Language: tamil
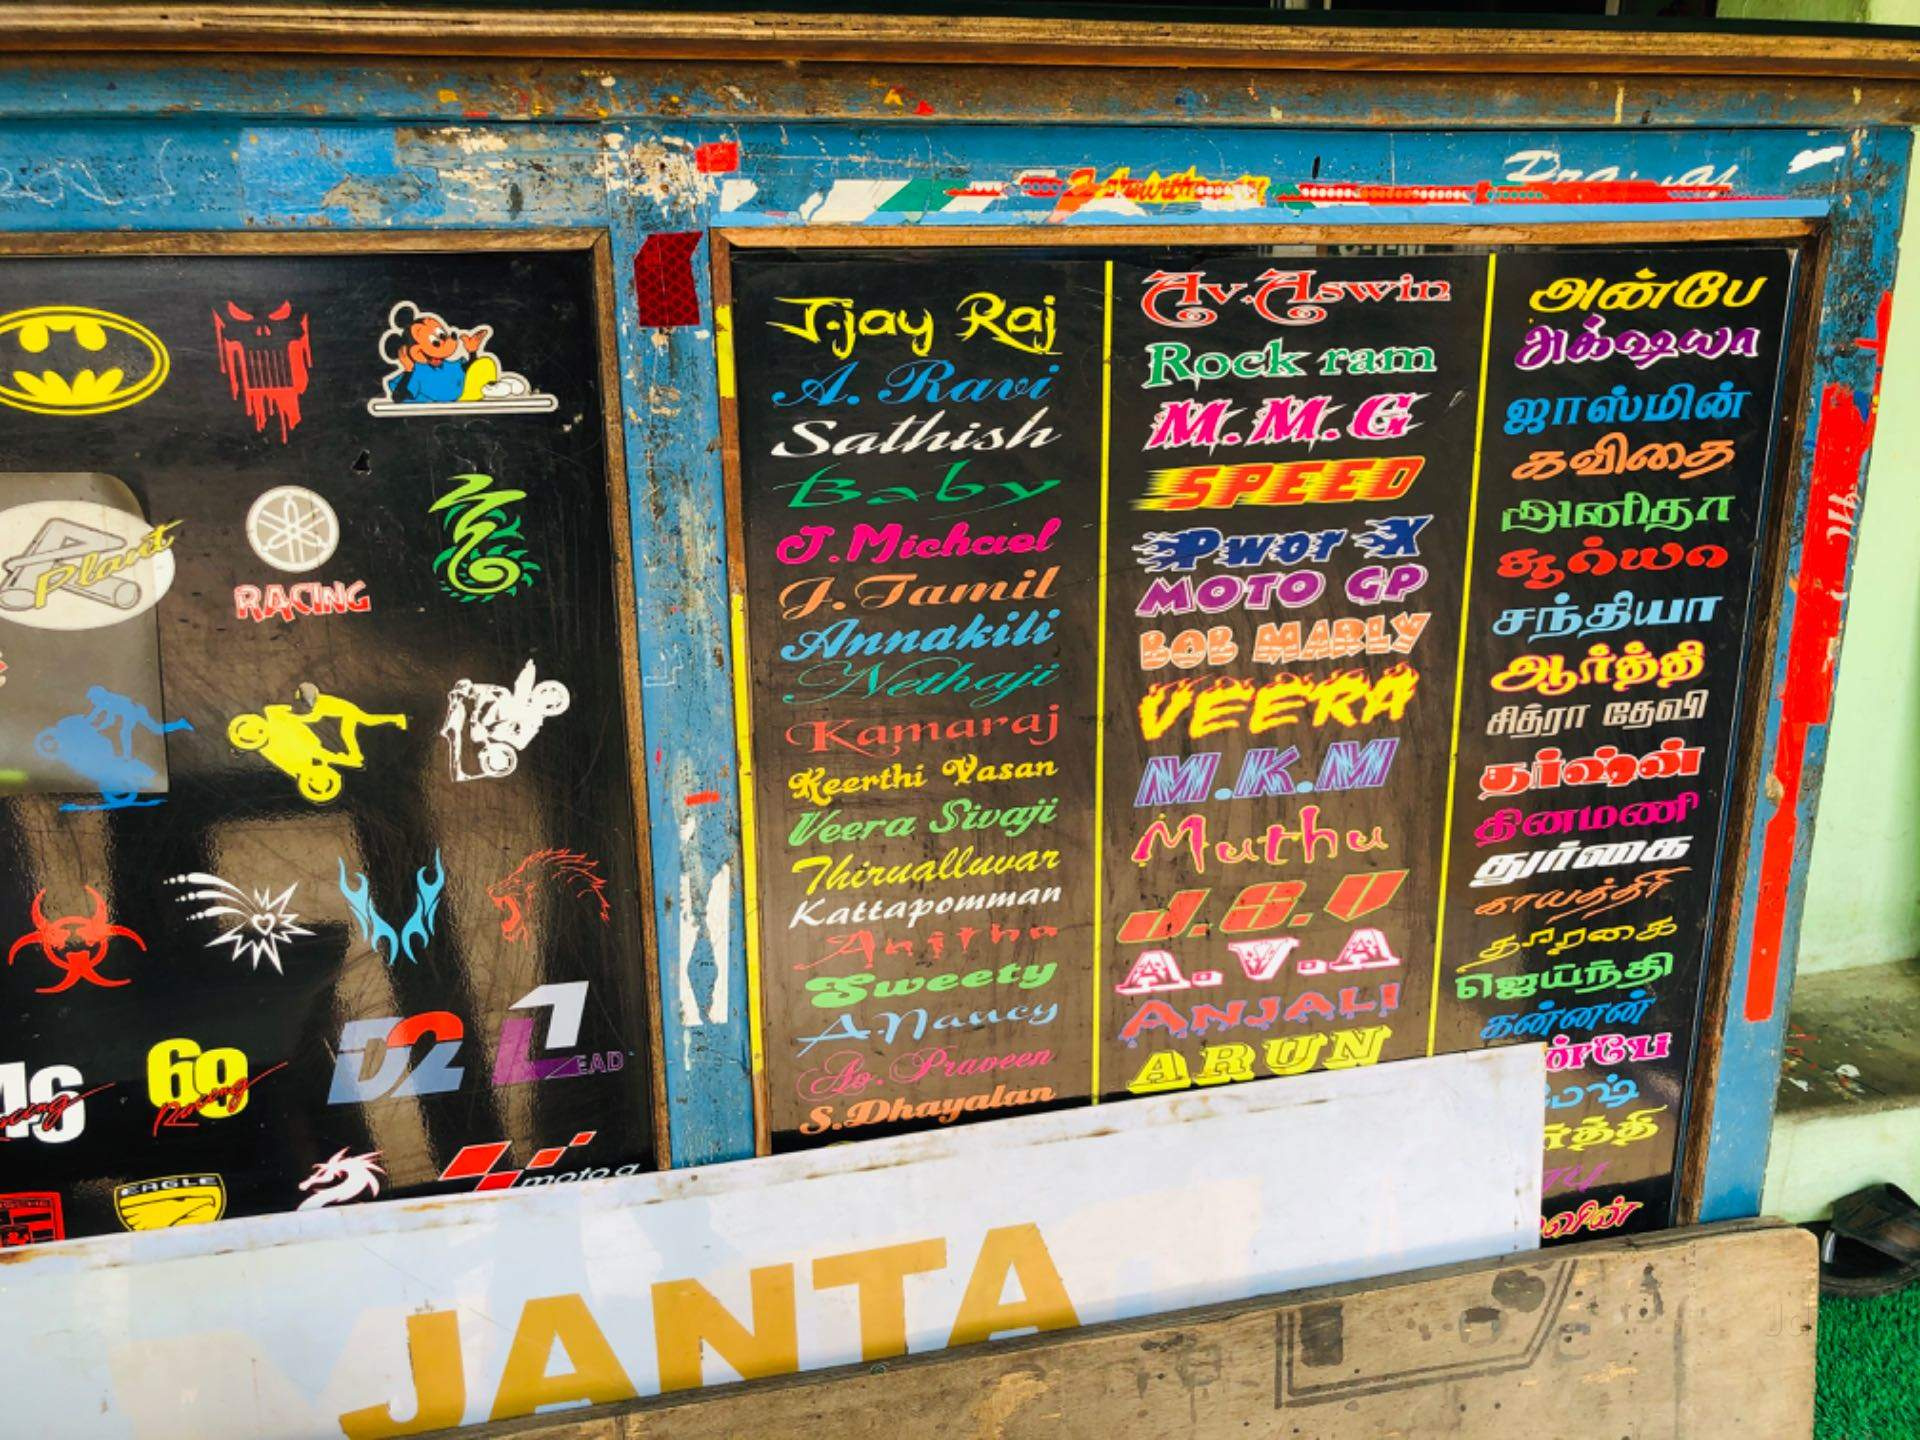
Transcription: அன்பே ஜாஸ்மின் கவிதை அனிதா சந்தியா சித்ரா ஆர்த்தி துர்கை தாரகை ஜெயந்தி தேவி தினமணி